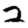
Digit: 2